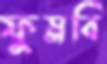
ফুস্‌লবি